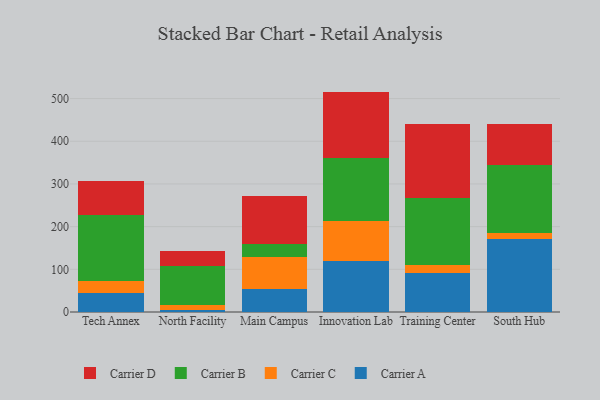
{"axis": {"x": "Campus", "y": "Production Output"}, "legend": ["Carrier A", "Carrier B", "Carrier C", "Carrier D"], "data": [{"x": "Tech Annex", "y": 43.5, "type": "Carrier A"}, {"x": "Tech Annex", "y": 30.3, "type": "Carrier C"}, {"x": "Tech Annex", "y": 153.4, "type": "Carrier B"}, {"x": "Tech Annex", "y": 79.1, "type": "Carrier D"}, {"x": "North Facility", "y": 5.4, "type": "Carrier A"}, {"x": "North Facility", "y": 10.7, "type": "Carrier C"}, {"x": "North Facility", "y": 91.7, "type": "Carrier B"}, {"x": "North Facility", "y": 34.7, "type": "Carrier D"}, {"x": "Main Campus", "y": 54.2, "type": "Carrier A"}, {"x": "Main Campus", "y": 74.4, "type": "Carrier C"}, {"x": "Main Campus", "y": 29.9, "type": "Carrier B"}, {"x": "Main Campus", "y": 112.2, "type": "Carrier D"}, {"x": "Innovation Lab", "y": 118.4, "type": "Carrier A"}, {"x": "Innovation Lab", "y": 93.7, "type": "Carrier C"}, {"x": "Innovation Lab", "y": 148.4, "type": "Carrier B"}, {"x": "Innovation Lab", "y": 155.8, "type": "Carrier D"}, {"x": "Training Center", "y": 92.0, "type": "Carrier A"}, {"x": "Training Center", "y": 18.0, "type": "Carrier C"}, {"x": "Training Center", "y": 155.9, "type": "Carrier B"}, {"x": "Training Center", "y": 174.4, "type": "Carrier D"}, {"x": "South Hub", "y": 169.9, "type": "Carrier A"}, {"x": "South Hub", "y": 14.8, "type": "Carrier C"}, {"x": "South Hub", "y": 159.0, "type": "Carrier B"}, {"x": "South Hub", "y": 95.8, "type": "Carrier D"}]}